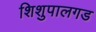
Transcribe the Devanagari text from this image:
शिशुपालगड